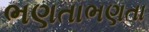
ભણતાભણતા